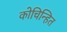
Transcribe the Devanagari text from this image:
कोचिन्हित